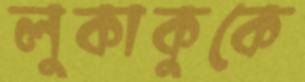
লুকাকুকে